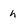
Character: h